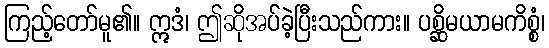
ကြည့်တော်မူ၏။ ဣဒံ၊ ဤဆိုအပ်ခဲ့ပြီးသည်ကား။ ပစ္ဆိမယာမကိစ္စံ၊